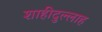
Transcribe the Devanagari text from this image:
शाहीदुल्लाह